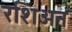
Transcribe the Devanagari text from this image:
रशिअन